Insane asylums in Bengal annual reports 1867-1875 - 1867-1875
Year: 1867
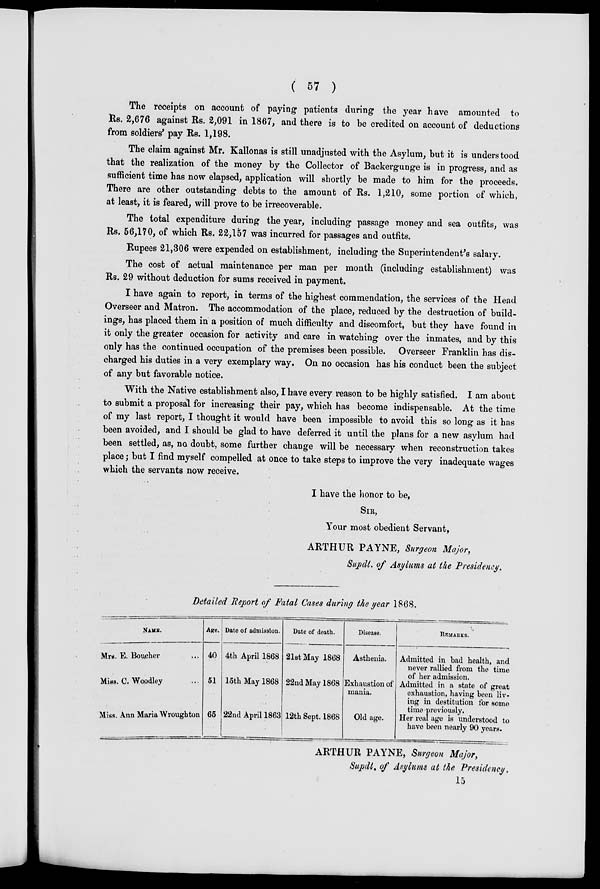
( 57 )
The receipts on account of paying patients during the year have amounted to
Rs. 2,676 against Rs. 2,091 in 1867, and there is to be credited on account of deductions
from soldiers' pay Rs. 1,198.
The claim against Mr. Kallonas is still unadjusted with the Asylum, but it is understood
that the realization of the money by the Collector of Backergunge is in progress, and as
sufficient time has now elapsed, application will shortly be made to him for the proceeds.
There are other outstanding debts to the amount of Rs. 1,210, some portion of which,
at least, it is feared, will prove to be irrecoverable.
The total expenditure during the year, including passage money and sea outfits, was
Rs. 56,170, of which Rs. 22,157 was incurred for passages and outfits.
Rupees 21,306 were expended on establishment, including the Superintendent's salary.
The cost of actual maintenance per man per month (including establishment) was
Rs. 29 without deduction for sums received in payment.
I have again to report, in terms of the highest commendation, the services of the Head
Overseer and Matron. The accommodation of the place, reduced by the destruction of build-
ings, has placed them in a position of much difficulty and discomfort, but they have found in
it only the greater occasion for activity and care in watching over the inmates, and by this
only has the continued occupation of the premises been possible. Overseer Franklin has dis-
charged his duties in a very exemplary way. On no occasion has his conduct been the subject
of any but favorable notice.
With the Native establishment also, I have every reason to be highly satisfied. I am about
to submit a proposal for increasing their pay, which has become indispensable. At the time
of my last report, I thought it would have been impossible to avoid this so long as it has
been avoided, and I should be glad to have deferred it until the plans for a new asylum had
been settled, as, no doubt, some further change will be necessary when reconstruction takes
place; but I find myself compelled at once to take steps to improve the very inadequate wages
which the servants now receive.
I have the honor to be,
SIR,
Your most obedient Servant,
ARTHUR PAYNE, Surgeon Major,
Supdt. of Asylums at the Presidency.
Detailed Report of Fatal Cases during the year 1868.
NAME.
Mrs. E. Boucher ...
Miss. C. Woodley ...
Miss. Ann Maria Wroughton
Age.
40
51
65
Date of admission.
4th April 1868
15th May 1868
22nd April 1863
Date of death.
21st May 1868
22nd May 1868
12th Sept. 1868
Disease.
Asthenia.
Exhaustion of
mania.
Old age.
REMARKS.
Admitted in had health, and
never rallied from the time
of her admission.
Admitted in a state of great
exhaustion, having been liv-
ing in destitution for some
time previously.
Her real age is understood to
have been nearly 90 years.
ARTHUR PAYNE, Surgeon Major,
Supdt. of Asylums at the Presidency.
15